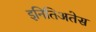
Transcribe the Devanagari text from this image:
इनितिअतेस